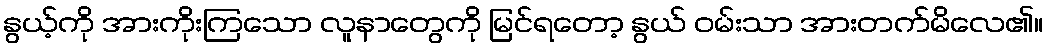
နွယ့်ကို အားကိုးကြသော လူနာတွေကို မြင်ရတော့ နွယ် ဝမ်းသာ အားတက်မိလေ၏။